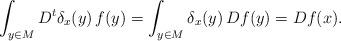
LaTeX: \begin{align*}\int_{y\in M} D^t\delta_x(y)\, f(y) = \int_{y\in M} \delta_x(y)\, Df(y) = Df(x).\end{align*}